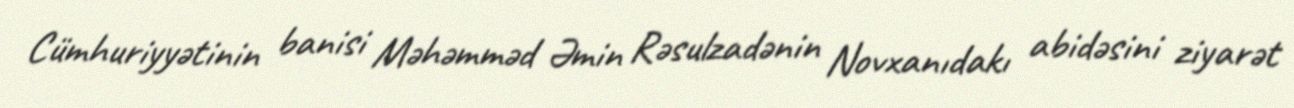
Cümhuriyyətinin banisi Məhəmməd Əmin Rəsulzadənin Novxanıdakı abidəsini ziyarət